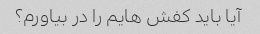
آیا باید کفش هایم را در بیاورم؟